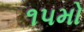
૧૫મો